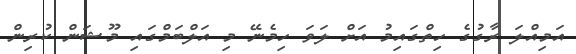
އަމިއްލަ ރާގުގެ ހިތްގައިމު އަށް ލަވަ ހިމެނޭ މި އަލްބަމްގައި މޫޝަން ކުރިން